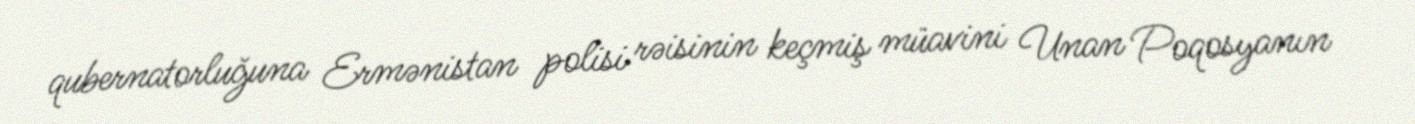
qubernatorluğuna Ermənistan polisi rəisinin keçmiş müavini Unan Poqosyanın